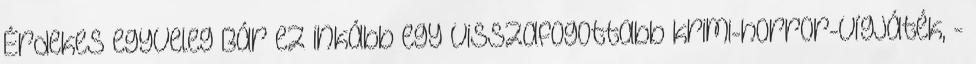
Érdekes egyveleg Bár ez inkább egy visszafogottabb krimi-horror-vígjáték, -